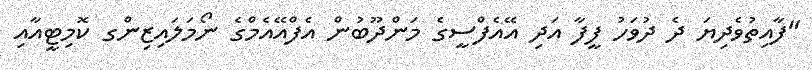
"ފާއިތުވެދިޔަ ދެ ދުވަހު ފީފާ އަދި އޭއެފްސީގެ މަންދޫބުން އެފްއޭއެމްގެ ނޯމަލައިޒިންގ ކޮމިޓީއާއި